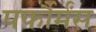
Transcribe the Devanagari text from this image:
पर्फौर्मंस